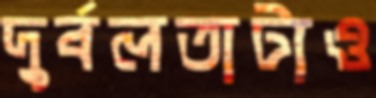
দুর্বলতাটাও